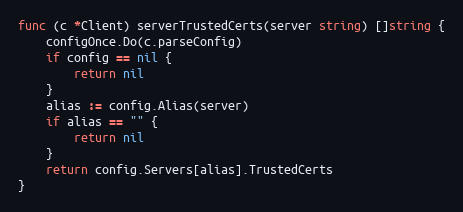
Language: Go
func (c *Client) serverTrustedCerts(server string) []string {
	configOnce.Do(c.parseConfig)
	if config == nil {
		return nil
	}
	alias := config.Alias(server)
	if alias == "" {
		return nil
	}
	return config.Servers[alias].TrustedCerts
}